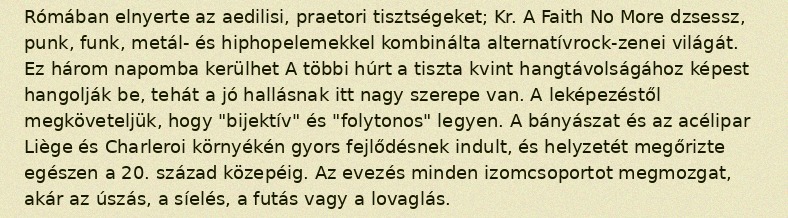
Rómában elnyerte az aedilisi, praetori tisztségeket; Kr. A Faith No More dzsessz, punk, funk, metál- és hiphopelemekkel kombinálta alternatívrock-zenei világát. Ez három napomba kerülhet A többi húrt a tiszta kvint hangtávolságához képest hangolják be, tehát a jó hallásnak itt nagy szerepe van. A leképezéstől megköveteljük, hogy "bijektív" és "folytonos" legyen. A bányászat és az acélipar Liège és Charleroi környékén gyors fejlődésnek indult, és helyzetét megőrizte egészen a 20. század közepéig. Az evezés minden izomcsoportot megmozgat, akár az úszás, a síelés, a futás vagy a lovaglás.